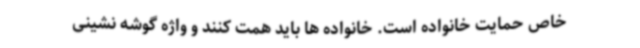
خاص حمایت خانواده است. خانواده ها باید همت کنند و واژه گوشه نشینی